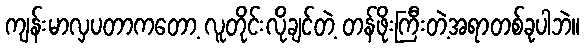
ကျန်းမာလှပတာကတော့ လူတိုင်းလိုချင်တဲ့ တန်ဖိုးကြီးတဲ့အရာတစ်ခုပါဘဲ။